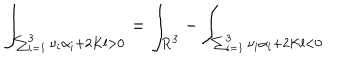
\int _ { \sum _ { i = 1 } ^ { 3 } \nu _ { i } \alpha _ { i } + 2 K l > 0 } = \int _ { { \bf R } ^ { 3 } } - \int _ { \sum _ { i = 1 } ^ { 3 } \nu _ { i } \alpha _ { i } + 2 K l < 0 }